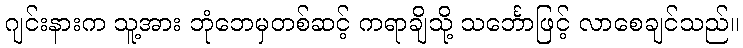
ဂျင်းနားက သူ့အား ဘုံဘေမှတစ်ဆင့် ကရာချိသို့ သင်္ဘောဖြင့် လာစေချင်သည်။